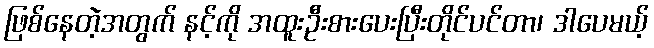
ဖြစ်နေတဲ့အတွက် နင့်ကို အထူးဦးစားပေးပြီးတိုင်ပင်တာ၊ ဒါပေမယ့်